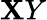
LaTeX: \mathbf{X}Y